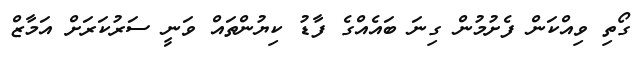
ގޯތި ވިއްކަން ފެށުމުން ގިނަ ބައެއްގެ ފާޑު ކިޔުންތައް ވަނީ ސަރުކަރަށް އަމާޒް